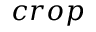
c r o p